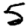
Digit: 5